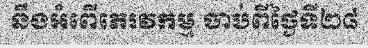
នឹងអំពើភេរវកម្ម ចាប់ពីថ្ងៃទី២៨